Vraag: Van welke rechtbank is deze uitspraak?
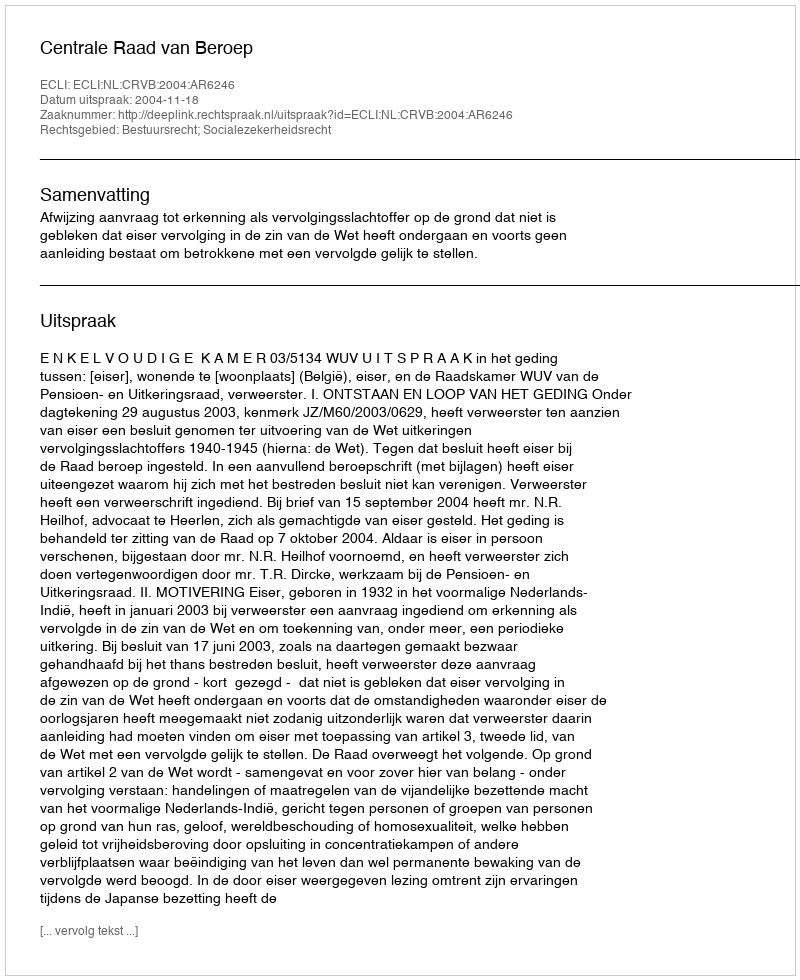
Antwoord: Centrale Raad van Beroep